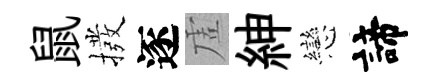
鼠撥逐虗紳戀諦